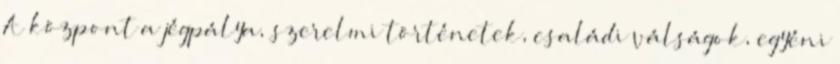
A központ a jégpálya, szerelmi történetek, családi válságok, egyéni